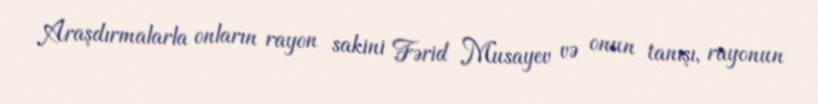
Araşdırmalarla onların rayon sakini Fərid Musayev və onun tanışı, rayonun